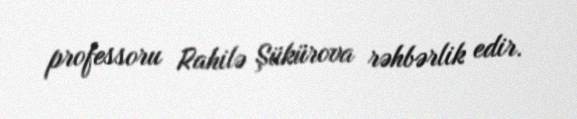
professoru Rahilə Şükürova rəhbərlik edir.